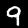
Label: 9